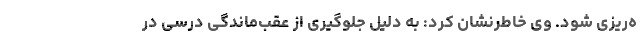
ه‌ریزی شود. وی خاطرنشان کرد: به دلیل جلوگیری از عقب‌ماندگی درسی در